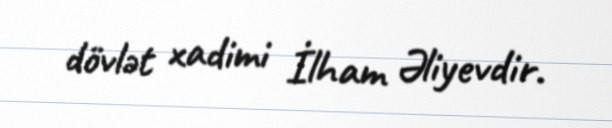
dövlət xadimi İlham Əliyevdir.